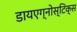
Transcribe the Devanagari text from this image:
डायएग्नोस्टिक्स